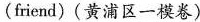
(friend)(黄浦区一模卷)